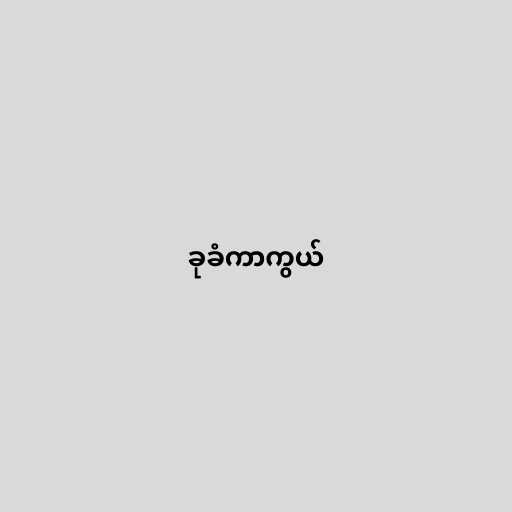
ခုခံကာကွယ်